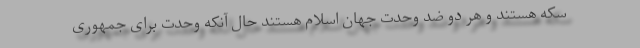
سکه هستند و هر دو ضد وحدت جهان اسلام هستند حال آنکه وحدت برای جمهوری